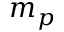
m _ { p }